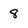
Character: 8